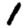
Digit: 1